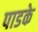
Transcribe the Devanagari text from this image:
पाडके